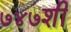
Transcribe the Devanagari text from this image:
७४७शी